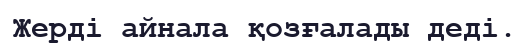
Жерді айнала қозғалады деді.